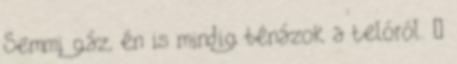
Semmi gáz, én is mindig bénázok a telóról. 😛